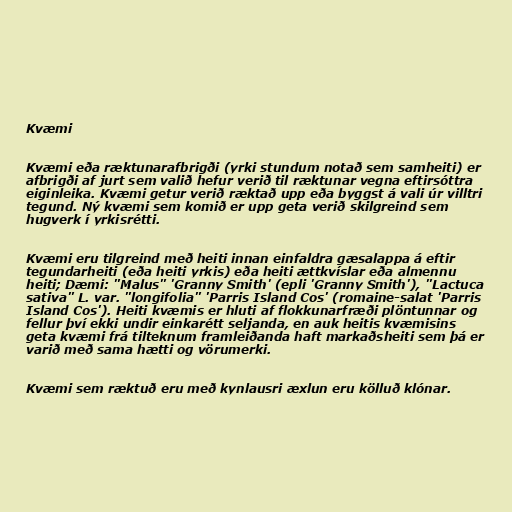
Kvæmi

Kvæmi eða ræktunarafbrigði (yrki stundum notað sem samheiti) er
afbrigði af jurt sem valið hefur verið til ræktunar vegna eftirsóttra
eiginleika. Kvæmi getur verið ræktað upp eða byggst á vali úr villtri
tegund. Ný kvæmi sem komið er upp geta verið skilgreind sem
hugverk í yrkisrétti.

Kvæmi eru tilgreind með heiti innan einfaldra gæsalappa á eftir
tegundarheiti (eða heiti yrkis) eða heiti ættkvíslar eða almennu
heiti; Dæmi: "Malus" 'Granny Smith' (epli 'Granny Smith'), "Lactuca
sativa" L. var. "longifolia" 'Parris Island Cos' (romaine-salat 'Parris
Island Cos'). Heiti kvæmis er hluti af flokkunarfræði plöntunnar og
fellur því ekki undir einkarétt seljanda, en auk heitis kvæmisins
geta kvæmi frá tilteknum framleiðanda haft markaðsheiti sem þá er
varið með sama hætti og vörumerki.

Kvæmi sem ræktuð eru með kynlausri æxlun eru kölluð klónar.